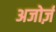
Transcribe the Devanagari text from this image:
अजोर्ज़